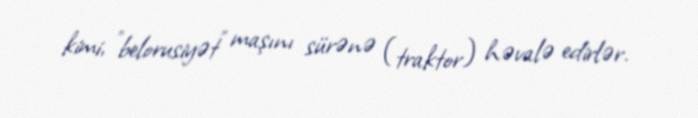
kimi, "belorusiyət" maşını sürənə (traktor) həvalə edirlər.